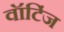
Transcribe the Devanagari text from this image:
वॉटिंज